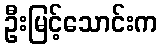
ဦးမြင့်သောင်းက